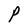
Character: P